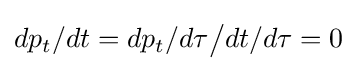
dp_{t}/dt=dp_{t}/d\tau {\big /}dt/d\tau =0